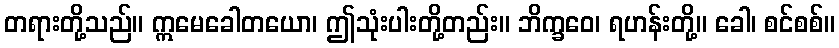
တရားတို့သည်။ ဣမေခေါတယော၊ ဤသုံးပါးတို့တည်း။ ဘိက္ခဝေ၊ ရဟန်းတို့။ ခေါ၊ စင်စစ်။